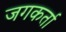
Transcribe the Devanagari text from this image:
जगकर्ता